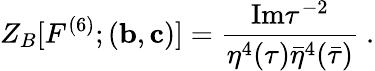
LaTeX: Z_{B}[F^{(6)};({\mathbf b},{\mathbf c})]=\frac{\mathrm{Im}\tau^{-2}}{\eta^{4}(\tau)\bar{\eta}^{4}(\bar{\tau})}\ .